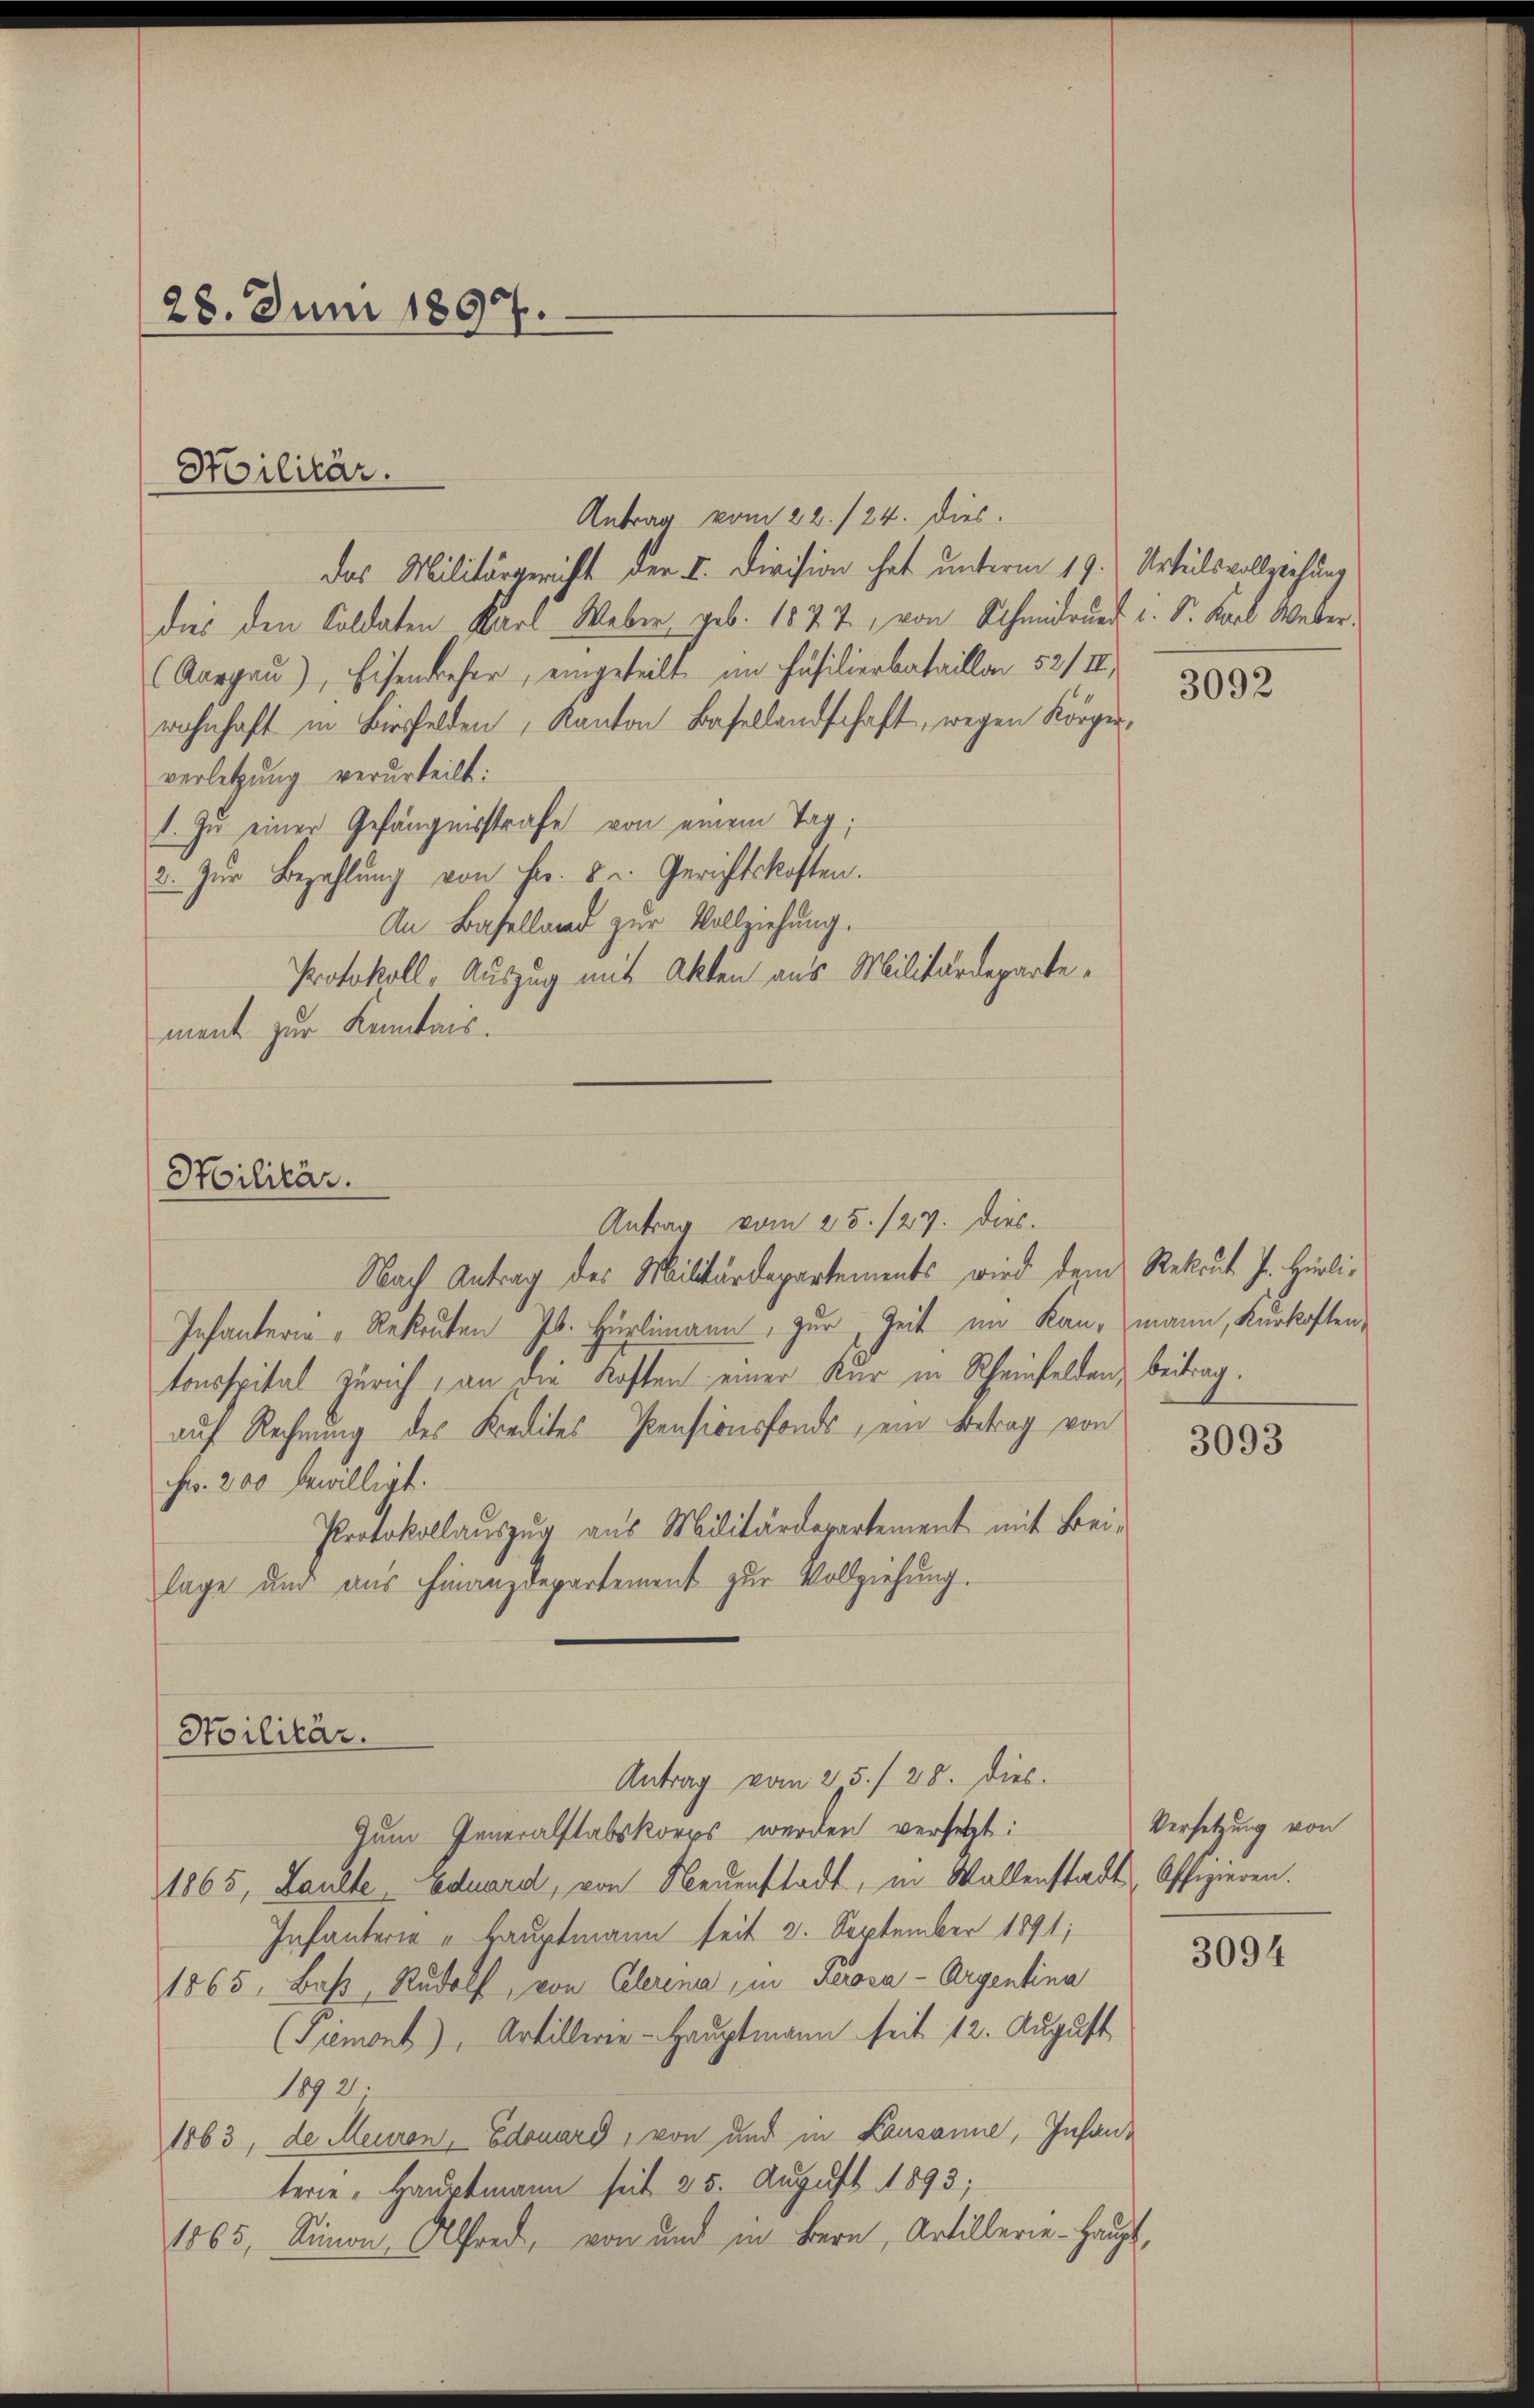
28. Juni 1897.

Antrag vom 22./24. Dies
das Militärgericht der I. Division hat unterm 19. Urteilsvollziehung
dies den Coldaten Karl Weber geb. 1827, von Schmidrud u. Sr. Karl Weber.
(Aargau), Eisen dieser, eingeteilt im Fäsilierbataillon 52/III
wohnhaft in Birfelden, Kanton Basellandschaft, wegen Körper-
verletzung verurteilt:
1. In einer Gefängnisstrafe von einem Tag,
2. Zŭr Bezahlŭng von Fr. 5 u. Gerichtskosten.
An Baselland zur Vollziehung.
Protokoll, Auszug mit Akten aus Militärdepartement zur Kenntnis.

Militär.

Militär.

Soilitär.

Antrag vom 25. 124. dies.

Nach Antrag des Militärdepartements wird dem Rekrut J. Hürli¬
Infanterin Rekruten Jb. Hürlimann, zur Zeit im Kan-mann, Kurkosten,
tonsspital Zürich, an die Kosten einer Kur in Rheinfelden, beitragauf Rechnung des Kredites Pensionsfonds, ein Betrag von
Fr. 200 bewilligt.
Protokollauszug aus Militärdepartement mit Bei-
lage und aus Finanzdepartement zur Vollziehung.

Zum Generalstabskorps werden versetzt:
1865, Paulte Eduard, von Neuenstadt, in Wallenstadt, Offizieren.
Infanterie - Hauptmann seit 2. September 1891;
1865, Bass, Rudolf, von Clerena, in Prora-Argentina
(Piemont), Artillerer-Hauptmann seit 12. August
1892.
1863, de Meuren, Edouard, von und in Kausanne, Infanterie, Hauptmann seit 25. August 1893;
1865, Simon, Alfred, von und in Bern, Artillerie-Haupt,

Antrag vom 25./ 28. dies

3092

3093

Versetzung von

3094